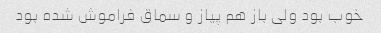
خوب بود ولی باز هم پیاز و سماق فراموش شده بود